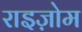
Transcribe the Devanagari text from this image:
राइज़ोम